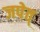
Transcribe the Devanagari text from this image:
जपेत्